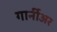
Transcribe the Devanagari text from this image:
गार्नीअर